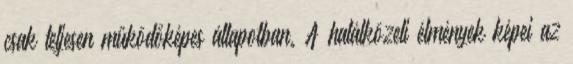
csak teljesen működőképes állapotban. A halálközeli élmények képei az